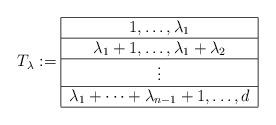
LaTeX: \begin{align*}T_{\lambda} := \begin{tabular}{| c | }\hline $1 , \ldots , \lambda_1$ \\\hline$\lambda_1 + 1 , \ldots , \lambda_1 + \lambda_2 $\\\hline$ \vdots$\\\hline$\lambda_1 + \cdots + \lambda_{n-1} +1 , \ldots , d$\\\hline\end{tabular}\end{align*}